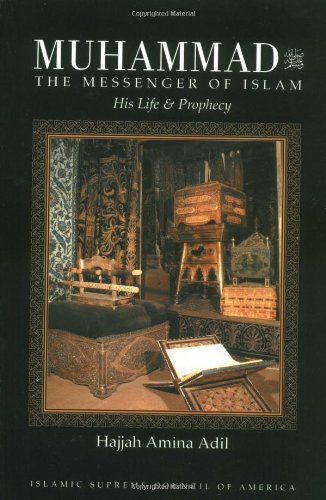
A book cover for Muhammad: The Messenger of Islam; Hajjah Amina Adil; Religion & Spirituality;